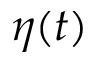
\eta ( t )